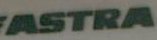
ASTRA